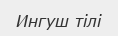
Ингуш тілі